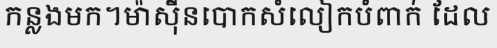
កន្លងមក។ម៉ាស៊ីនបោកសំលៀកបំពាក់ ដែល